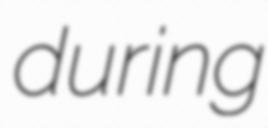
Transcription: during